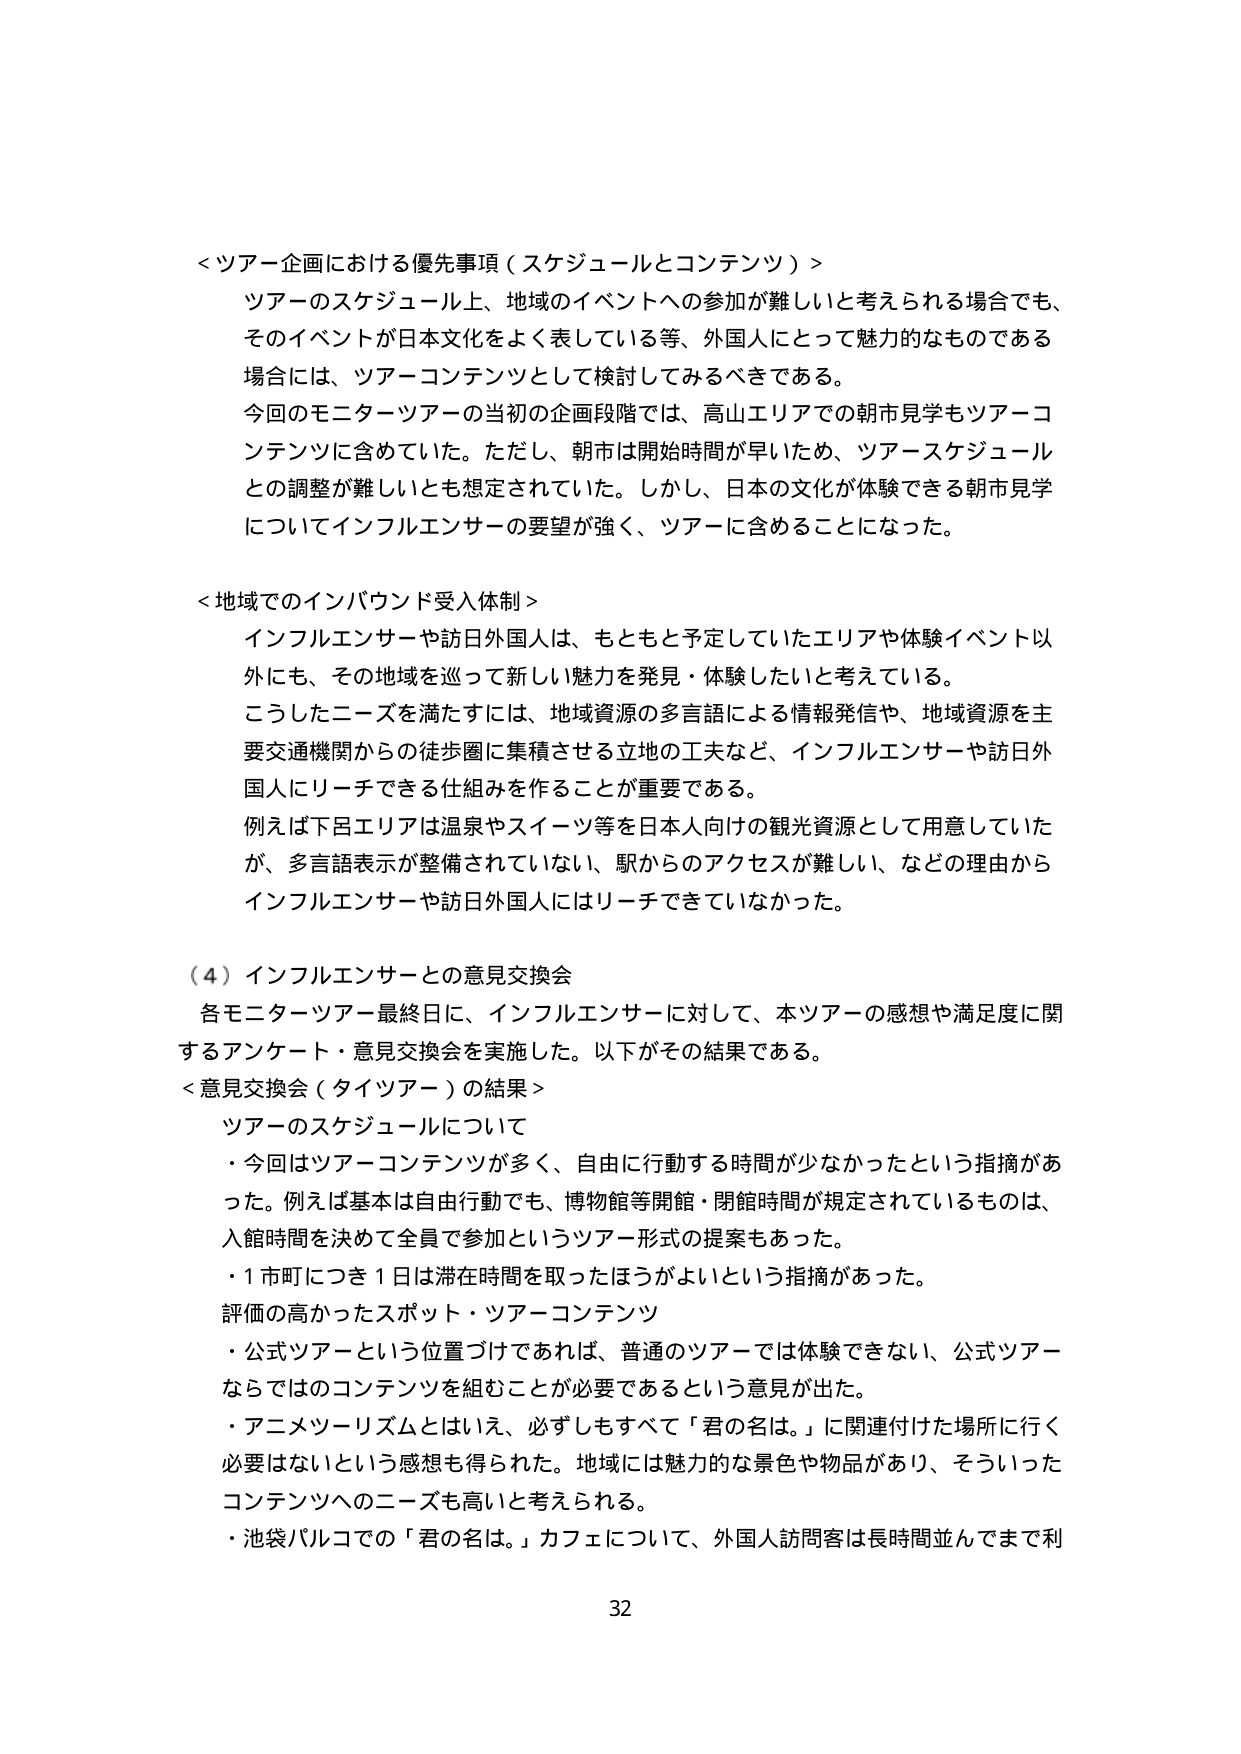
＜ツアー企画における優先事項（スケジュールとコンテンツ）＞
ツアーのスケジュール上、地域のイベントへの参加が難しいと考えられる場合でも、
そのイベントが日本文化をよく表している等、外国人にとって魅力的なものである
場合には、ツアーコンテンツとして検討してみるべきである。
今回のモニターツアーの当初の企画段階では、高山エリアでの朝市見学もツアーコンテンツに含めていた。ただし、朝市は開始時間が早いため、ツアースケジュールとの調整が難しいとも想定されていた。しかし、日本の文化が体験できる朝市見学についてインフルエンサーの要望が強く、ツアーに含めることになった。

＜地域でのインバウンド受入体制＞
インフルエンサーや訪日外国人は、もともと予定していたエリアや体験イベント以外にも、その地域を巡って新しい魅力を発見・体験したいと考えている。
こうしたニーズを満たすには、地域資源の多言語による情報発信や、地域資源を主要交通機関からの徒歩圏に集積させる立地の工夫など、インフルエンサーや訪日外国人にリーチできる仕組みを作ることが重要である。
例えば下呂エリアは温泉やスイーツ等を日本人向けの観光資源として用意していたが、多言語表示が整備されていない、駅からのアクセスが難しい、などの理由からインフルエンサーや訪日外国人にはリーチできていなかった。

（４）インフルエンサーとの意見交換会
各モニターツアー最終日に、インフルエンサーに対して、本ツアーの感想や満足度に関するアンケート・意見交換会を実施した。以下がその結果である。
＜意見交換会（タイツアー）の結果＞
ツアーのスケジュールについて
・今回はツアーコンテンツが多く、自由に行動する時間が少なかったという指摘があった。例えば基本は自由行動でも、博物館等開館・閉館時間が規定されているものは、入館時間を決めて全員で参加というツアー形式の提案もあった。
・１市町につき１日は滞在時間を取ったほうがよいという指摘があった。
評価の高かったスポット・ツアーコンテンツ
・公式ツアーという位置づけであれば、普通のツアーでは体験できない、公式ツアーならではのコンテンツを組むことが必要であるという意見が出た。
・アニメツーリズムとはいえ、必ずしもすべて「君の名は。」に関連付けた場所に行く必要はないという感想も得られた。地域には魅力的な景色や物品があり、そういったコンテンツへのニーズも高いと考えられる。
・池袋パルコでの「君の名は。」カフェについて、外国人訪問客は長時間並んでまで利

32